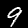
Digit: 9